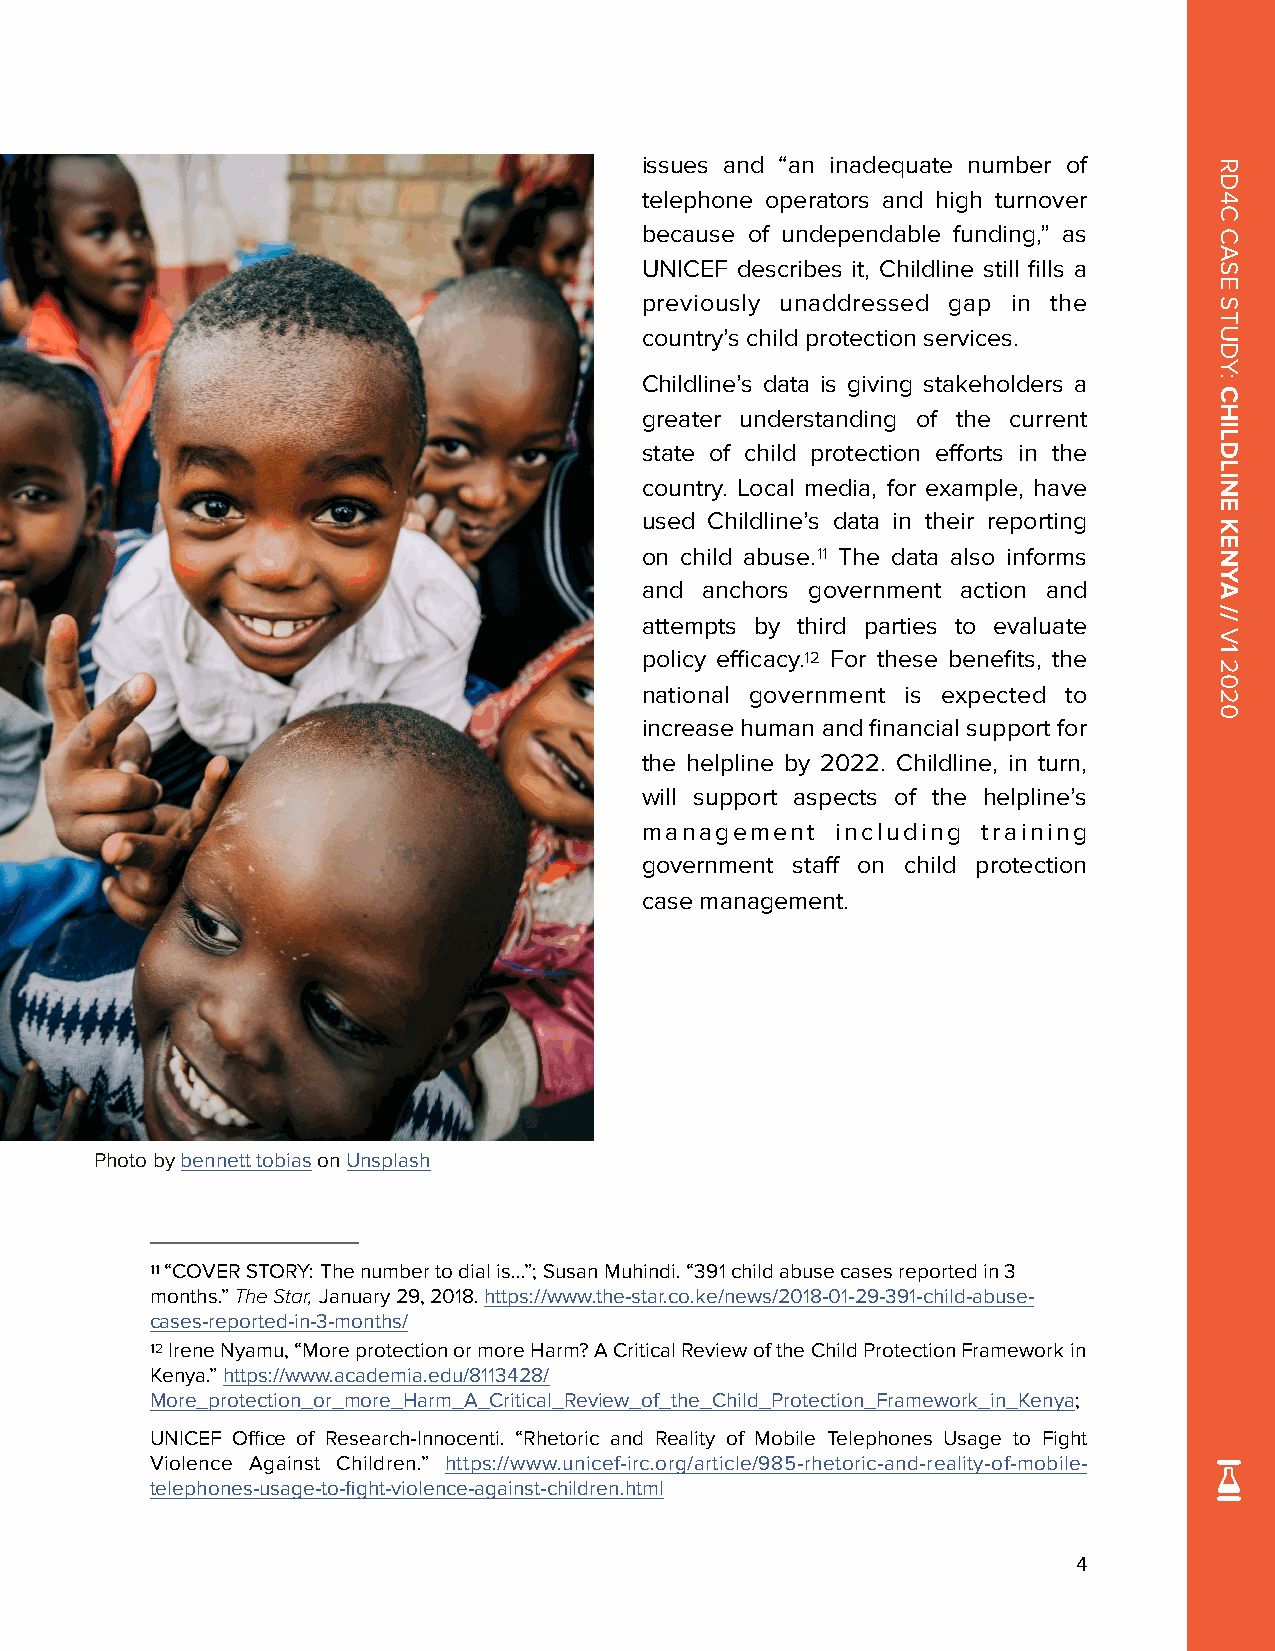
issues and “an inadequate number of
 telephone operators and high turnover
 because of undependable funding,” as
 UNICEF describes it, Childline still fills a
 previously unaddressed gap in the
 country’s child protection services.
 Childline’s data is giving stakeholders a
 greater understanding of the current
 state of child protection efforts in the
 country. Local media, for example, have
 used Childline’s data in their reporting
 on child abuse.11 The data also informs
 and anchors government action and
 attempts by third parties to evaluate
 policy efficacy.12 For these benefits, the
 national government is expected to
 increase human and financial support for
 the helpline by 2022. Childline, in turn,
 will support aspects of the helpline’s
 management   including training
 government staff on child protection
 case management.
 Photo by bennett tobias on Unsplash
 11 “COVER STORY: The number to dial is…”; Susan Muhindi. “391 child abuse cases reported in 3
 months.” The Star, January 29, 2018. https://www.the-star.co.ke/news/2018-01-29-391-child-abuse-
 cases-reported-in-3-months/
 12 Irene Nyamu, “More protection or more Harm? A Critical Review of the Child Protection Framework in
 Kenya.” https://www.academia.edu/8113428/
 More_protection_or_more_Harm_A_Critical_Review_of_the_Child_Protection_Framework_in_Kenya;
 UNICEF Office of Research-Innocenti. “Rhetoric and Reality of Mobile Telephones Usage to Fight
 Violence Against Children.” https://www.unicef-irc.org/article/985-rhetoric-and-reality-of-mobile-
 telephones-usage-to-fight-violence-against-children.html
 4
 RD4C
 CASE
 STUDY:
 CHILDLINE
 KENYA
 //
 V1
 2020